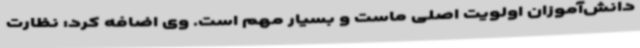
دانش‌آموزان اولویت اصلی ماست و بسیار مهم است. وی اضافه کرد: نظارت